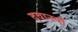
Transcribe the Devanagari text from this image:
दवानयों